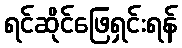
ရင်ဆိုင်ဖြေရှင်းရန်